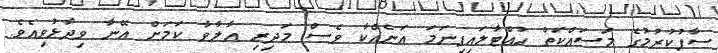
ސާފުކުރުމުގެ މަސައްކަތް ހުއްޓާލައިފިނަމަ އަނެއްކާ ވެސް މަދިރި އާލާވާ ކަމަށް އޭނާ ވިދާޅުވިއެވެ.